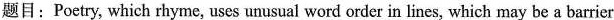
题目: Poetry, which rhyme, uses unusual word order in lines, which may be a barrier